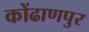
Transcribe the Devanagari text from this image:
कोंढाणपुर